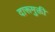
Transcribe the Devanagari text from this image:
दारूमुक्ती